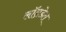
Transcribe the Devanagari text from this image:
लॉन्रडेल